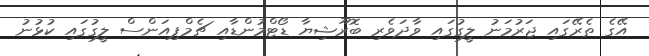
އޭގެ ތެރޭގައި ޖަރުމަނު ލީގުގައި ވާދަވެރި ބޮރޫޝިޔާ ޑޯޓްމުންޑާއި ޗެމްޕިއަންސް ލީގުގައި ކުޅުނު